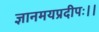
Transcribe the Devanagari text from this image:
ज्ञानमयप्रदीपः।।